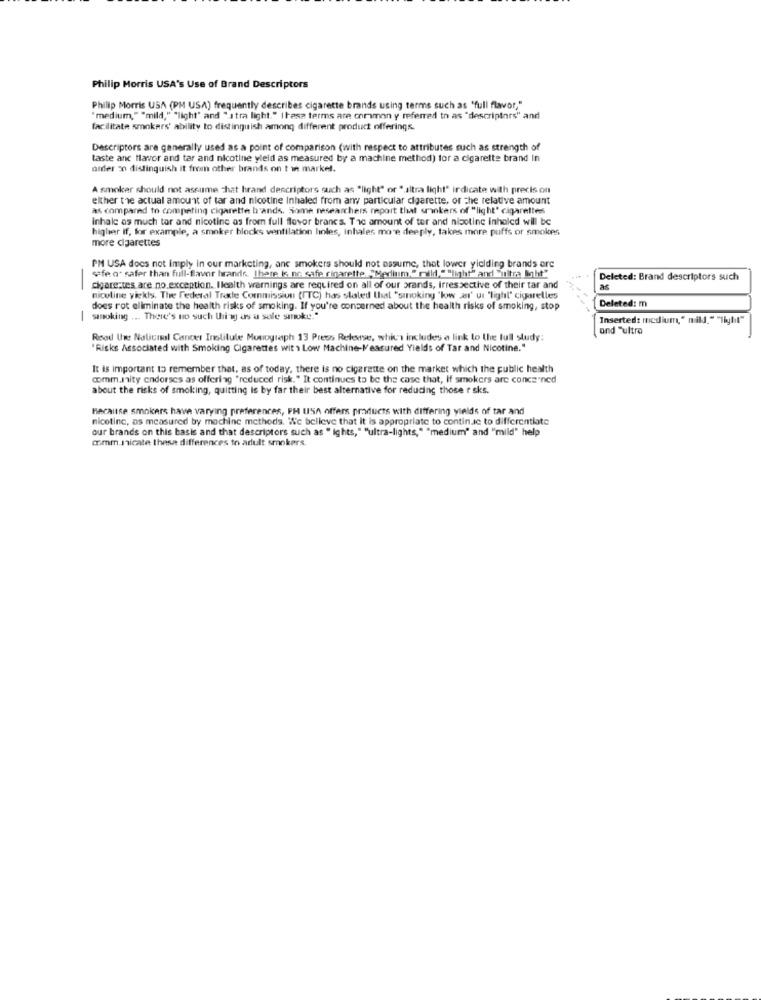
Philip Morris USA's Use of Brand Descriptors
Philip Morris USA (PM USA) frequently describes cigarette brands using terms such as "full flavor,"
"medium," "mild," "light" and "stra light." these terms are common y referred to as "descriptors" and
facilitate smokers' ability to distinguish among different product offerings.
Descriptors are generally used as a point of comparison (with respect to attributes such as strength of
taste anc flavor and tar and nicotine yield as measured by a machine method) for a cigarette brand In
ander 50 distinguish it from other brands on t w market.
A smoker should not assume that hrand descriptors such as "light" or " altra light" indicate with precis on
elther the actual amount of tar and nicotine Inhaled from any particular cigarette, or the relative amount
as compared to competing cigarette brands. Some researchers report that sminkers of "light' cigarettes
Inhale as much tor and nicotine as from full flavor brancs. Tic amount of ter and nicotine inhaled will be
higher If, for example, a smoker blocks ventilation hinles, inhales more deeply, takes more puffs or smokes
more cigarettes
PM USA does not imply in our marketing, anc smokers should not assume, thet lower yielding brands ore
safe at safer than full-flavor brands. There is no safe cigarette."Medium " mild.""light" and "ultra Mht"
-
Deleted: Brand descriptors such
cigarettes are no exception. Ilealth warnings are required on all of our brands, irrespective of their tar and
nicoline yiekls. Tive federal Trade Commission (ITC) has stated that "smoking 'koww ær' ut "light" cigarelles
Deleted: m
does rot eliminate the health risks of smoking. If you're concerned about the health risks of smoking, stop
| sanoking ... There's no such thing as a sale smoke."
Inserted: medium," mild." "Tigtit"
and "ultra
Read Ihre Nalicasal Cancer Institute Monograph 13 Press Release, which includes a link to the full study:
"Risks Associated with Smoking Cigarettes wit \ Low Machine-Measured Yields of Tar and Nicotine."
It is important to remember that, as of today, there is no cigarette on the market which the public health
comm.Inity endorses as offering "reduced risk." It continues to be the case that, If smokers are concerned
about the risks of smoking, quitting is by far their best alternative for reducing those r sks.
Because smokers have varying preferences, PH USA offers products with differing yields of tar and
nicotine, as measured by machine methods. We believe that it is appropriate to continue to differentiate
our brands on this basis and that descriptors such as " ights," "ultra-lights," "medium" and "mild" help
communicate these differences to adult smokers